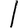
Digit: 1